Lunatic asylums in Bengal annual reports 1912-1924 - 1912-1924
Year: 1912
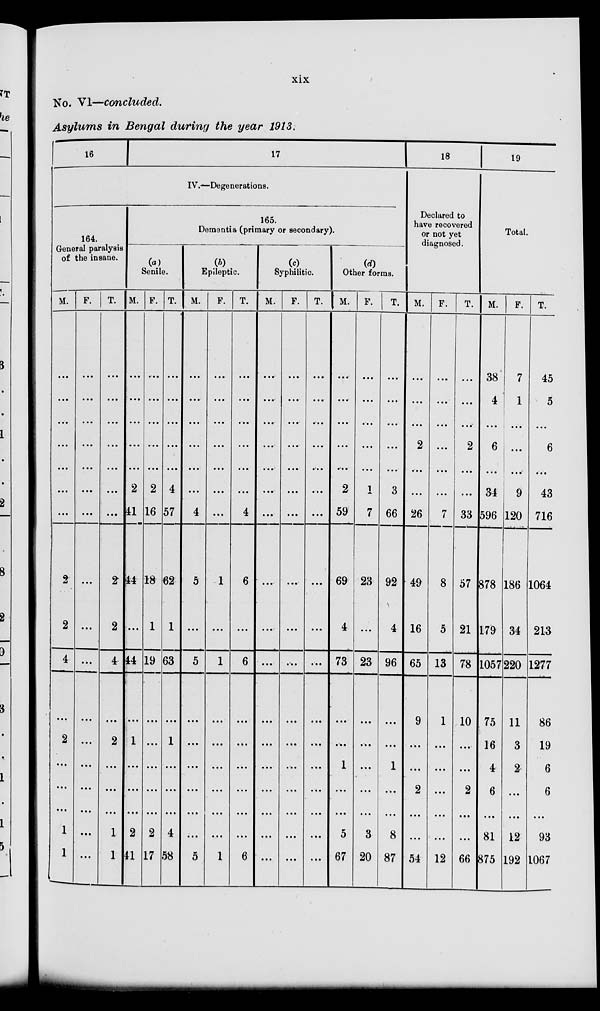
xix
No. VI—concluded.
Asylums in Bengal during the year 1913.
16
17
IV.—Degenerations.
164.
General paralysis
of the insane.
M.
...
...
...
...
...
...
...
2
2
4
...
2
...
...
...
1
1
F.
...
...
...
...
...
...
...
...
...
...
...
...
...
...
...
...
...
T.
...
...
...
...
...
...
...
2
2
4
...
2
...
...
...
1
1
165.
Dementia (primary or secondary).
(a)
Senile.
M.
...
...
...
...
...
2
41
14
...
44
...
1
...
...
...
2
41
F.
...
...
...
...
...
2
16
18
1
19
...
...
...
...
...
2
17
T.
...
...
...
...
...
4
57
62
1
63
...
1
...
...
...
4
58
(b)
Epileptic.
M.
...
...
...
...
...
...
4
5
...
5
...
...
...
...
...
...
5
F.
...
...
...
...
...
...
...
1
...
1
...
...
...
...
...
...
1
T.
...
...
...
...
...
...
4
6
...
6
...
...
...
...
...
...
6
(c)
Syphilitic.
M.
...
...
...
...
...
...
...
...
...
...
...
...
...
...
...
...
...
F.
...
...
...
...
...
...
...
...
...
...
...
...
...
...
...
...
...
T.
...
...
...
...
...
...
...
...
...
...
...
...
...
...
...
...
...
(d)
Other forms.
M.
...
...
...
...
...
2
59
69
4
73
...
...
1
...
...
5
67
F.
...
...
...
...
...
1
7
23
...
23
...
...
...
...
...
3
20
T.
...
...
...
...
...
3
66
92
4
96
...
...
1
...
...
8
87
18
Declared to
have recovered
or not yet
diagnosed.
M.
...
...
...
2
...
...
26
49
16
65
9
...
...
2
...
...
54
F.
...
...
...
...
...
...
7
8
5
13
1
...
...
...
...
...
12
T.
...
...
...
2
...
...
33
57
21
78
10
...
...
2
...
...
66
19
Total.
M.
38
4
...
6
...
34
596
878
179
1057
75
16
4
6
...
81
875
F.
7
1
...
...
...
9
120
186
34
220
11
3
2
...
...
12
192
T.
45
5
...
6
...
43
716
1064
213
1277
86
19
6
6
...
93
1067